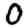
Digit: 0